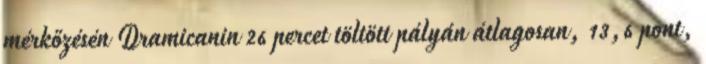
mérkőzésén Dramicanin 26 percet töltött pályán átlagosan, 13,6 pont,